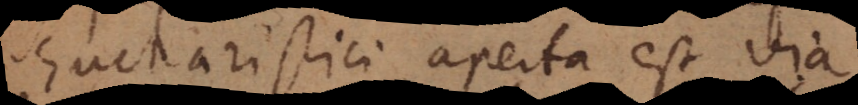
Eucharistici aperta est via.